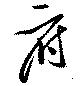
府